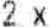
2 X